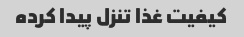
کیفیت غذا تنزل پیدا کرده